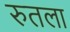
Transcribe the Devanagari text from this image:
रुतला